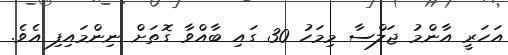
އަހަރީ އާންމު ޖަލްސާ މިމަހު 30 ގައި ބާއްވާ ގޮތަށް ނިންމައިފި އެވެ.